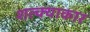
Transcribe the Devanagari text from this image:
शल्क्याकार